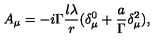
A _ { \mu } = - i \Gamma \frac { l \lambda } r ( \delta _ { \mu } ^ { 0 } + \frac a \Gamma \delta _ { \mu } ^ { 2 } ) ,